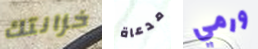
خزانتك مدعاة ورمي